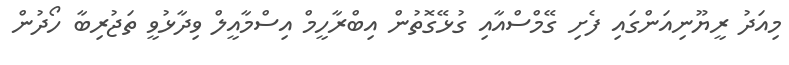
މިއަދު ރީޔޫނިއަންގައި ފެށި ގޭމްސްއާއި ގުޅޭގޮތުން އިބްރާހީމް އިސްމާއީލް ވިދާޅުވީ ތަޖުރިބާ ހޯދުން